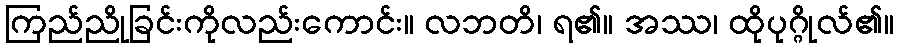
ကြည်ညိုခြင်းကိုလည်းကောင်း။ လဘတိ၊ ရ၏။ အဿ၊ ထိုပုဂ္ဂိုလ်၏။